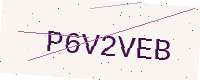
Text: P6V2VEB